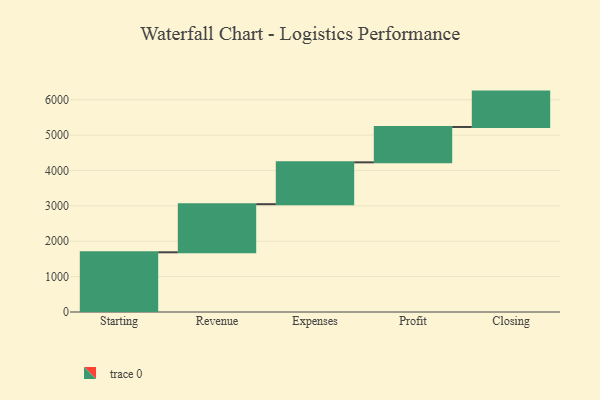
{"axis": {"x": "Step", "y": "Value"}, "legend": [""], "data": [{"x": "Starting", "y": 1688.0, "type": ""}, {"x": "Revenue", "y": 1360.0, "type": ""}, {"x": "Expenses", "y": 1183.0, "type": ""}, {"x": "Profit", "y": 1000, "type": ""}, {"x": "Closing", "y": 1000, "type": ""}]}